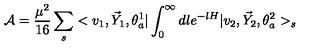
{ \cal A } = \frac { \mu ^ { 2 } } { 1 6 } \sum _ { s } < v _ { 1 } , \vec { Y } _ { 1 } , \theta _ { a } ^ { 1 } | \int _ { 0 } ^ { \infty } d l e ^ { - l H } | v _ { 2 } , \vec { Y } _ { 2 } , \theta _ { a } ^ { 2 } > _ { s }